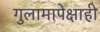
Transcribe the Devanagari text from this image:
गुलामापेक्षाही